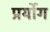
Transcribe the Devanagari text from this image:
प्रर्योग